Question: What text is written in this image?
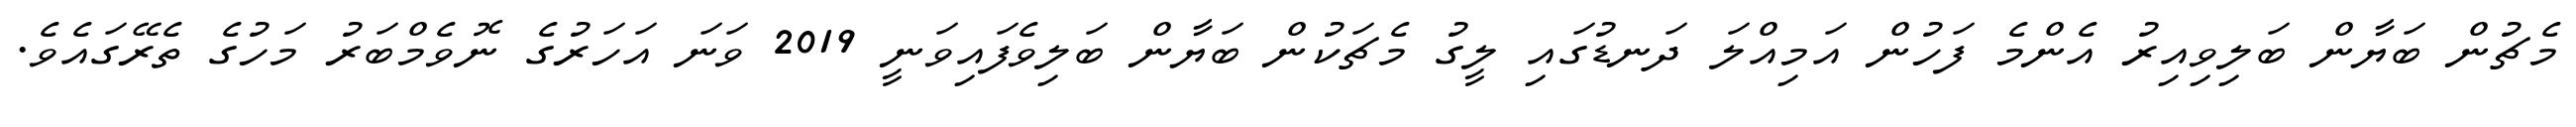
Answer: މެޗުން ބަޔާން ބަލިވިއިރު އެންމެ ފަހުން އަމިއްލަ ދަނޑުގައި ލީގު މެޗަކުން ބަޔާން ބަލިވެފައިވަނީ 2019 ވަނަ އަހަރުގެ ނޮވެމްބަރު މަހުގެ ތެރޭގައެވެ.